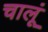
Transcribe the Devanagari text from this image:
चालूं